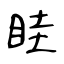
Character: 眭